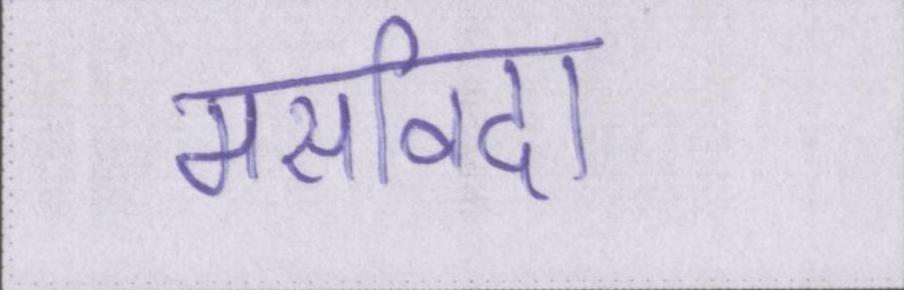
मसविदा